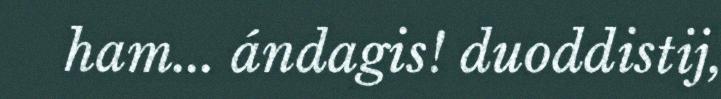
ham... ándagis! duoddistij,